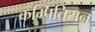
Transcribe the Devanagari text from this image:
कम्पितिसन